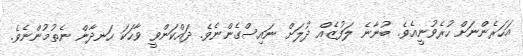
އަހަރެންނަށް ހުރެވުނީއެވެ. ބުނާނެ ލަފުޒެއް ދުލަށް ނައިސްގެންނެވެ. ދައްކަންވީ ވާހަކަ ހަނދާން ނެތުމުންނެވެ.